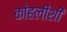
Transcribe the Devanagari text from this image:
कोहलीशी